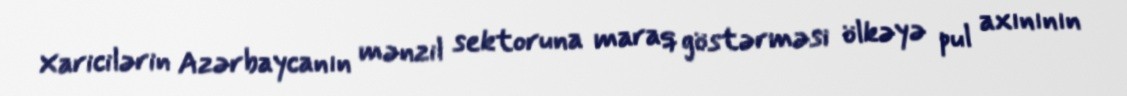
Xaricilərin Azərbaycanın mənzil sektoruna maraq göstərməsi ölkəyə pul axınının